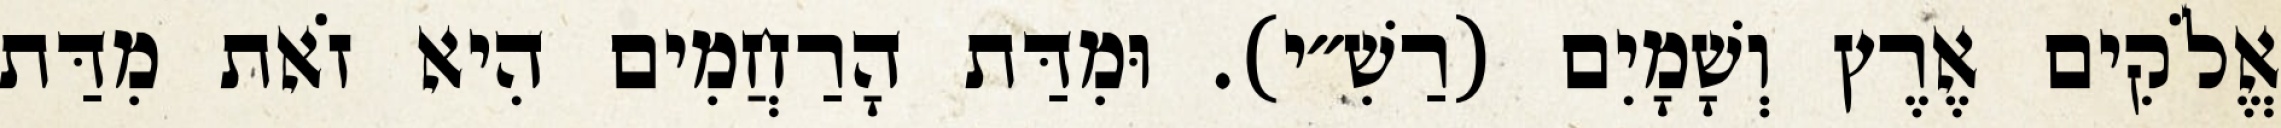
אֱלֹקִים אֶרֶץ וְשָׁמָיִם (רַשִׁ״י). וּמִדַּת הָרַחֲמִים הִיא זֹאת מִדַּת